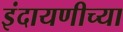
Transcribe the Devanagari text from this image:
इंदायणीच्या